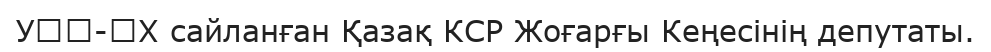
УӀӀ-ӀХ сайланған Қазақ КСР Жоғарғы Кеңесінің депутаты.